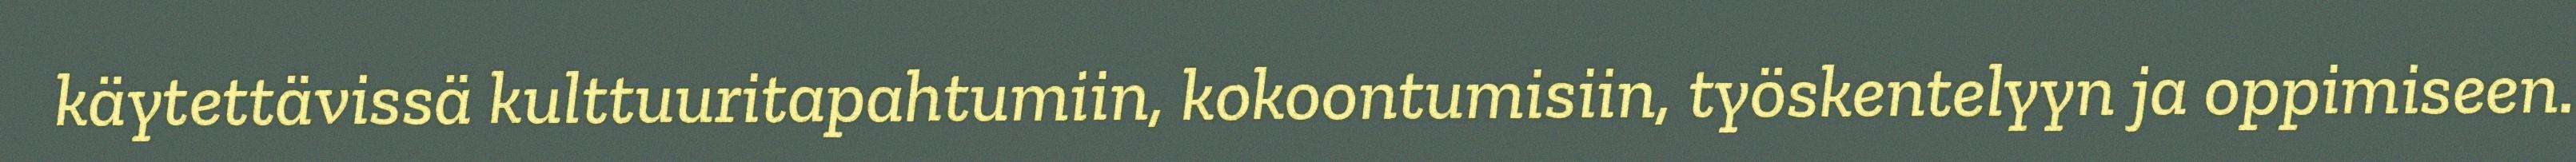
käytettävissä kulttuuritapahtumiin, kokoontumisiin, työskentelyyn ja oppimiseen.